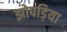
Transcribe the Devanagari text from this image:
झोपड़िया